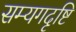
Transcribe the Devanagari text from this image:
सम्यगदृष्टि